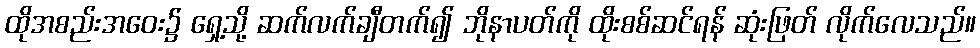
ထိုအစည်းအဝေး၌ ရှေ့သို့ ဆက်လက်ချီတက်၍ ဘိုနာပတ်ကို ထိုးစစ်ဆင်ရန် ဆုံးဖြတ် လိုက်လေသည်။